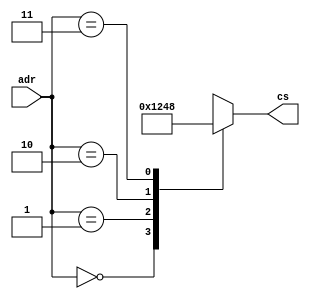
module lab_5_decoder (adr, cs);

 input      [1:0] adr;
 output reg [3:0] cs;
 
 always @ (adr) begin
  case (adr)
   2'b00 : cs = 4'b0001;
	2'b01 : cs = 4'b0010;	
	2'b10 : cs = 4'b0100;	
	2'b11 : cs = 4'b1000;
  endcase
 end
 
endmodule